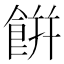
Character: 餠